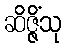
ဆိဇ္ဇိံသု